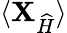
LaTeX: \langle{\mathbf{X}}_{\widehat{H}}\rangle